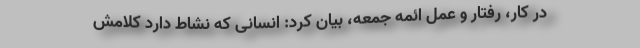
در کار، رفتار و عمل ائمه جمعه، بیان کرد: انسانی که نشاط دارد کلامش